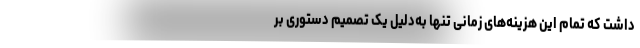
داشت که تمام این هزینه‌های زمانی تنها به‌دلیل یک تصمیم دستوری بر